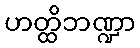
ဟတ္ထိဘဏ္ဍာ